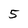
Character: 5